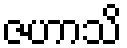
ဇဟာသိ